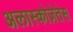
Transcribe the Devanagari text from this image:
अलास्कोज़ेतेस